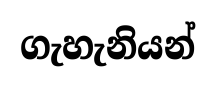
ගැහැනියන්